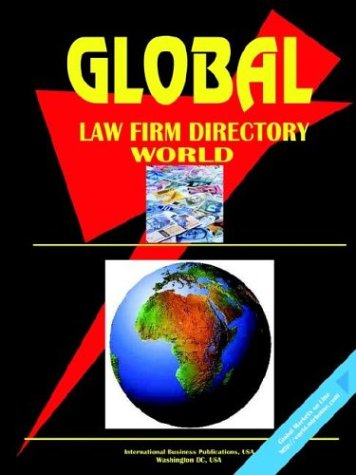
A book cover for Global Law Firms Directory, Vol. 1; Ibp Usa; Law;